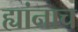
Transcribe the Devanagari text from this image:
ह्यांनाच